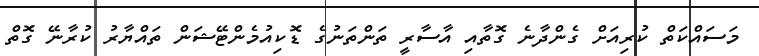
މަސައްކަތް ކުރިއަށް ގެންދާނެ ގޮތާއި އާސާރީ ތަންތަނުގެ ޑޮކިއުމެންޓޭޝަން ތައްޔާރު ކުރާނޭ ގޮތް